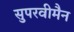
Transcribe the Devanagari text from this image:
सुपरवीमैन